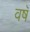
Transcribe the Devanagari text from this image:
वषॅ